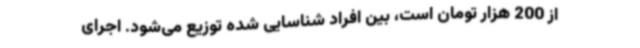
از 200 هزار تومان است، بین افراد شناسایی شده توزیع می‌شود. اجرای